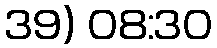
39) 08:30